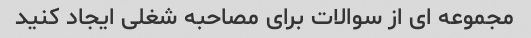
مجموعه ای از سوالات برای مصاحبه شغلی ایجاد کنید